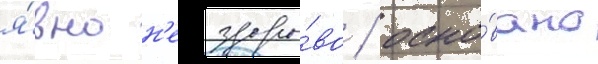
я́вно н'ездоро́во / осно́вано